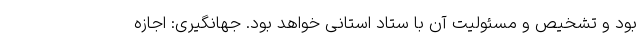
بود و تشخیص و مسئولیت آن با ستاد استانی خواهد بود. جهانگیری: اجازه